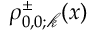
\rho _ { 0 , 0 ; \mathscr { k } } ^ { \pm } ( x )